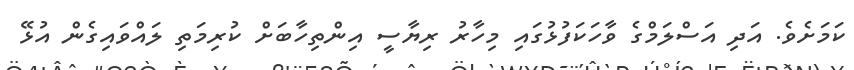
ކަމަށެވެ. އަދި އަސްލަމްގެ ވާހަކަފުޅުގައި މިހާރު ރިޔާސީ އިންތިހާބަށް ކުރިމަތި ލައްވައިގެން އުޅޭ